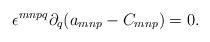
LaTeX: \begin{align*}\epsilon^{mnpq}\partial_{q}(a_{mnp} - C_{mnp}) = 0.\end{align*}